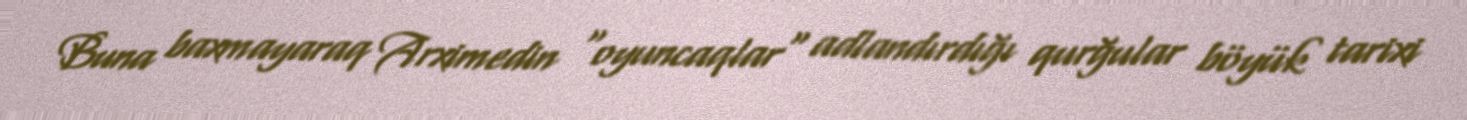
Buna baxmayaraq Arximedin "oyuncaqlar" adlandırdığı qurğular böyük tarixi